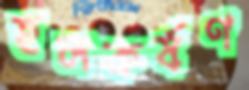
হলকর্ষণ